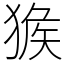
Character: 㺅